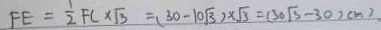
F E = \frac { 1 } { 2 } F C \times \sqrt { 3 } = ( 3 0 - 1 0 \sqrt { 3 } ) \times \sqrt { 3 } = ( 3 0 \sqrt { 3 } - 3 0 ) c m ^ { 2 }